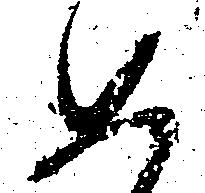
如